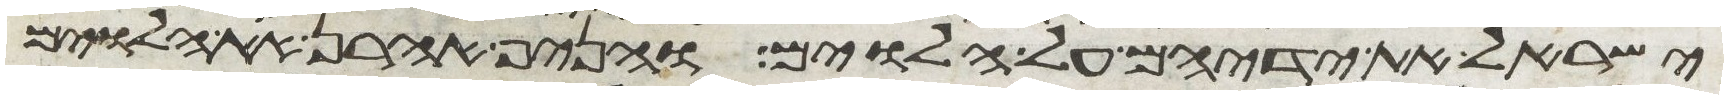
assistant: ישראל את ידיהם על הלוים והניף אהרן את הלוים